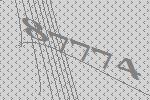
87774